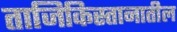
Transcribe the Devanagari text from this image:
ताजिकिस्तानातील